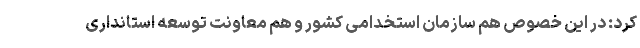
کرد: در این خصوص هم سازمان استخدامی کشور و هم معاونت توسعه استانداری